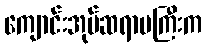
ကျောင်းအုပ်ဆရာမကြီးက